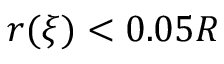
r ( \xi ) < 0 . 0 5 R